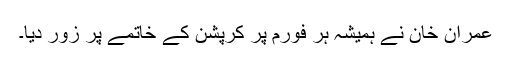
عمران خان نے ہمیشہ ہر فورم پر کرپشن کے خاتمے پر زور دیا۔